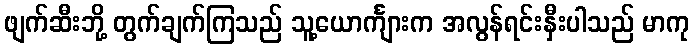
ဖျက်ဆီးဘို့ တွက်ချက်ကြသည် သူ့ယောင်္ကျားက အလွန်ရင်းနှီးပါသည် မာကု